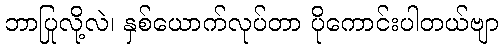
ဘာပြုလို့လဲ၊ နှစ်ယောက်လုပ်တာ ပိုကောင်းပါတယ်ဗျာ